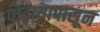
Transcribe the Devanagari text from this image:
पाड्व्यापासून